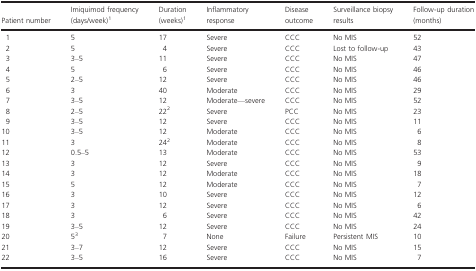
| Patient number | Imiquimod frequency (days/week)1 | Duration (weeks)1 | Inflammatory response | Disease outcome | Surveillance biopsy results | Follow-up duration (months) |
 | --- | --- | --- | --- | --- | --- | --- |
 | 1 | 5 | 17 | Severe | CCC | No MIS | 52 |
 | 2 | 5 | 4 | Severe | CCC | Lost to follow-up | 43 |
 | 3 | 3–5 | 11 | Severe | CCC | No MIS | 47 |
 | 4 | 5 | 6 | Severe | CCC | No MIS | 46 |
 | 5 | 2–5 | 12 | Severe | CCC | No MIS | 46 |
 | 6 | 3 | 40 | Moderate | CCC | No MIS | 29 |
 | 7 | 3–5 | 12 | Moderate—severe | CCC | No MIS | 52 |
 | 8 | 2–5 | 222 | Severe | PCC | No MIS | 23 |
 | 9 | 3–5 | 12 | Severe | CCC | No MIS | 11 |
 | 10 | 3–5 | 12 | Moderate | CCC | No MIS | 6 |
 | 11 | 3 | 242 | Moderate | CCC | No MIS | 8 |
 | 12 | 0.5–5 | 13 | Moderate | CCC | No MIS | 53 |
 | 13 | 3 | 12 | Severe | CCC | No MIS | 9 |
 | 14 | 3 | 12 | Moderate | CCC | No MIS | 18 |
 | 15 | 5 | 12 | Moderate | CCC | No MIS | 7 |
 | 16 | 3 | 10 | Severe | CCC | No MIS | 12 |
 | 17 | 3 | 12 | Severe | CCC | No MIS | 6 |
 | 18 | 3 | 6 | Severe | CCC | No MIS | 42 |
 | 19 | 3–5 | 12 | Severe | CCC | No MIS | 24 |
 | 20 | 53 | 7 | None | Failure | Persistent MIS | 10 |
 | 21 | 3–7 | 12 | Severe | CCC | No MIS | 15 |
 | 22 | 3–5 | 16 | Severe | CCC | No MIS | 7 |